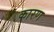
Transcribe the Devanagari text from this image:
कारण्‍ा